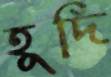
হূদি